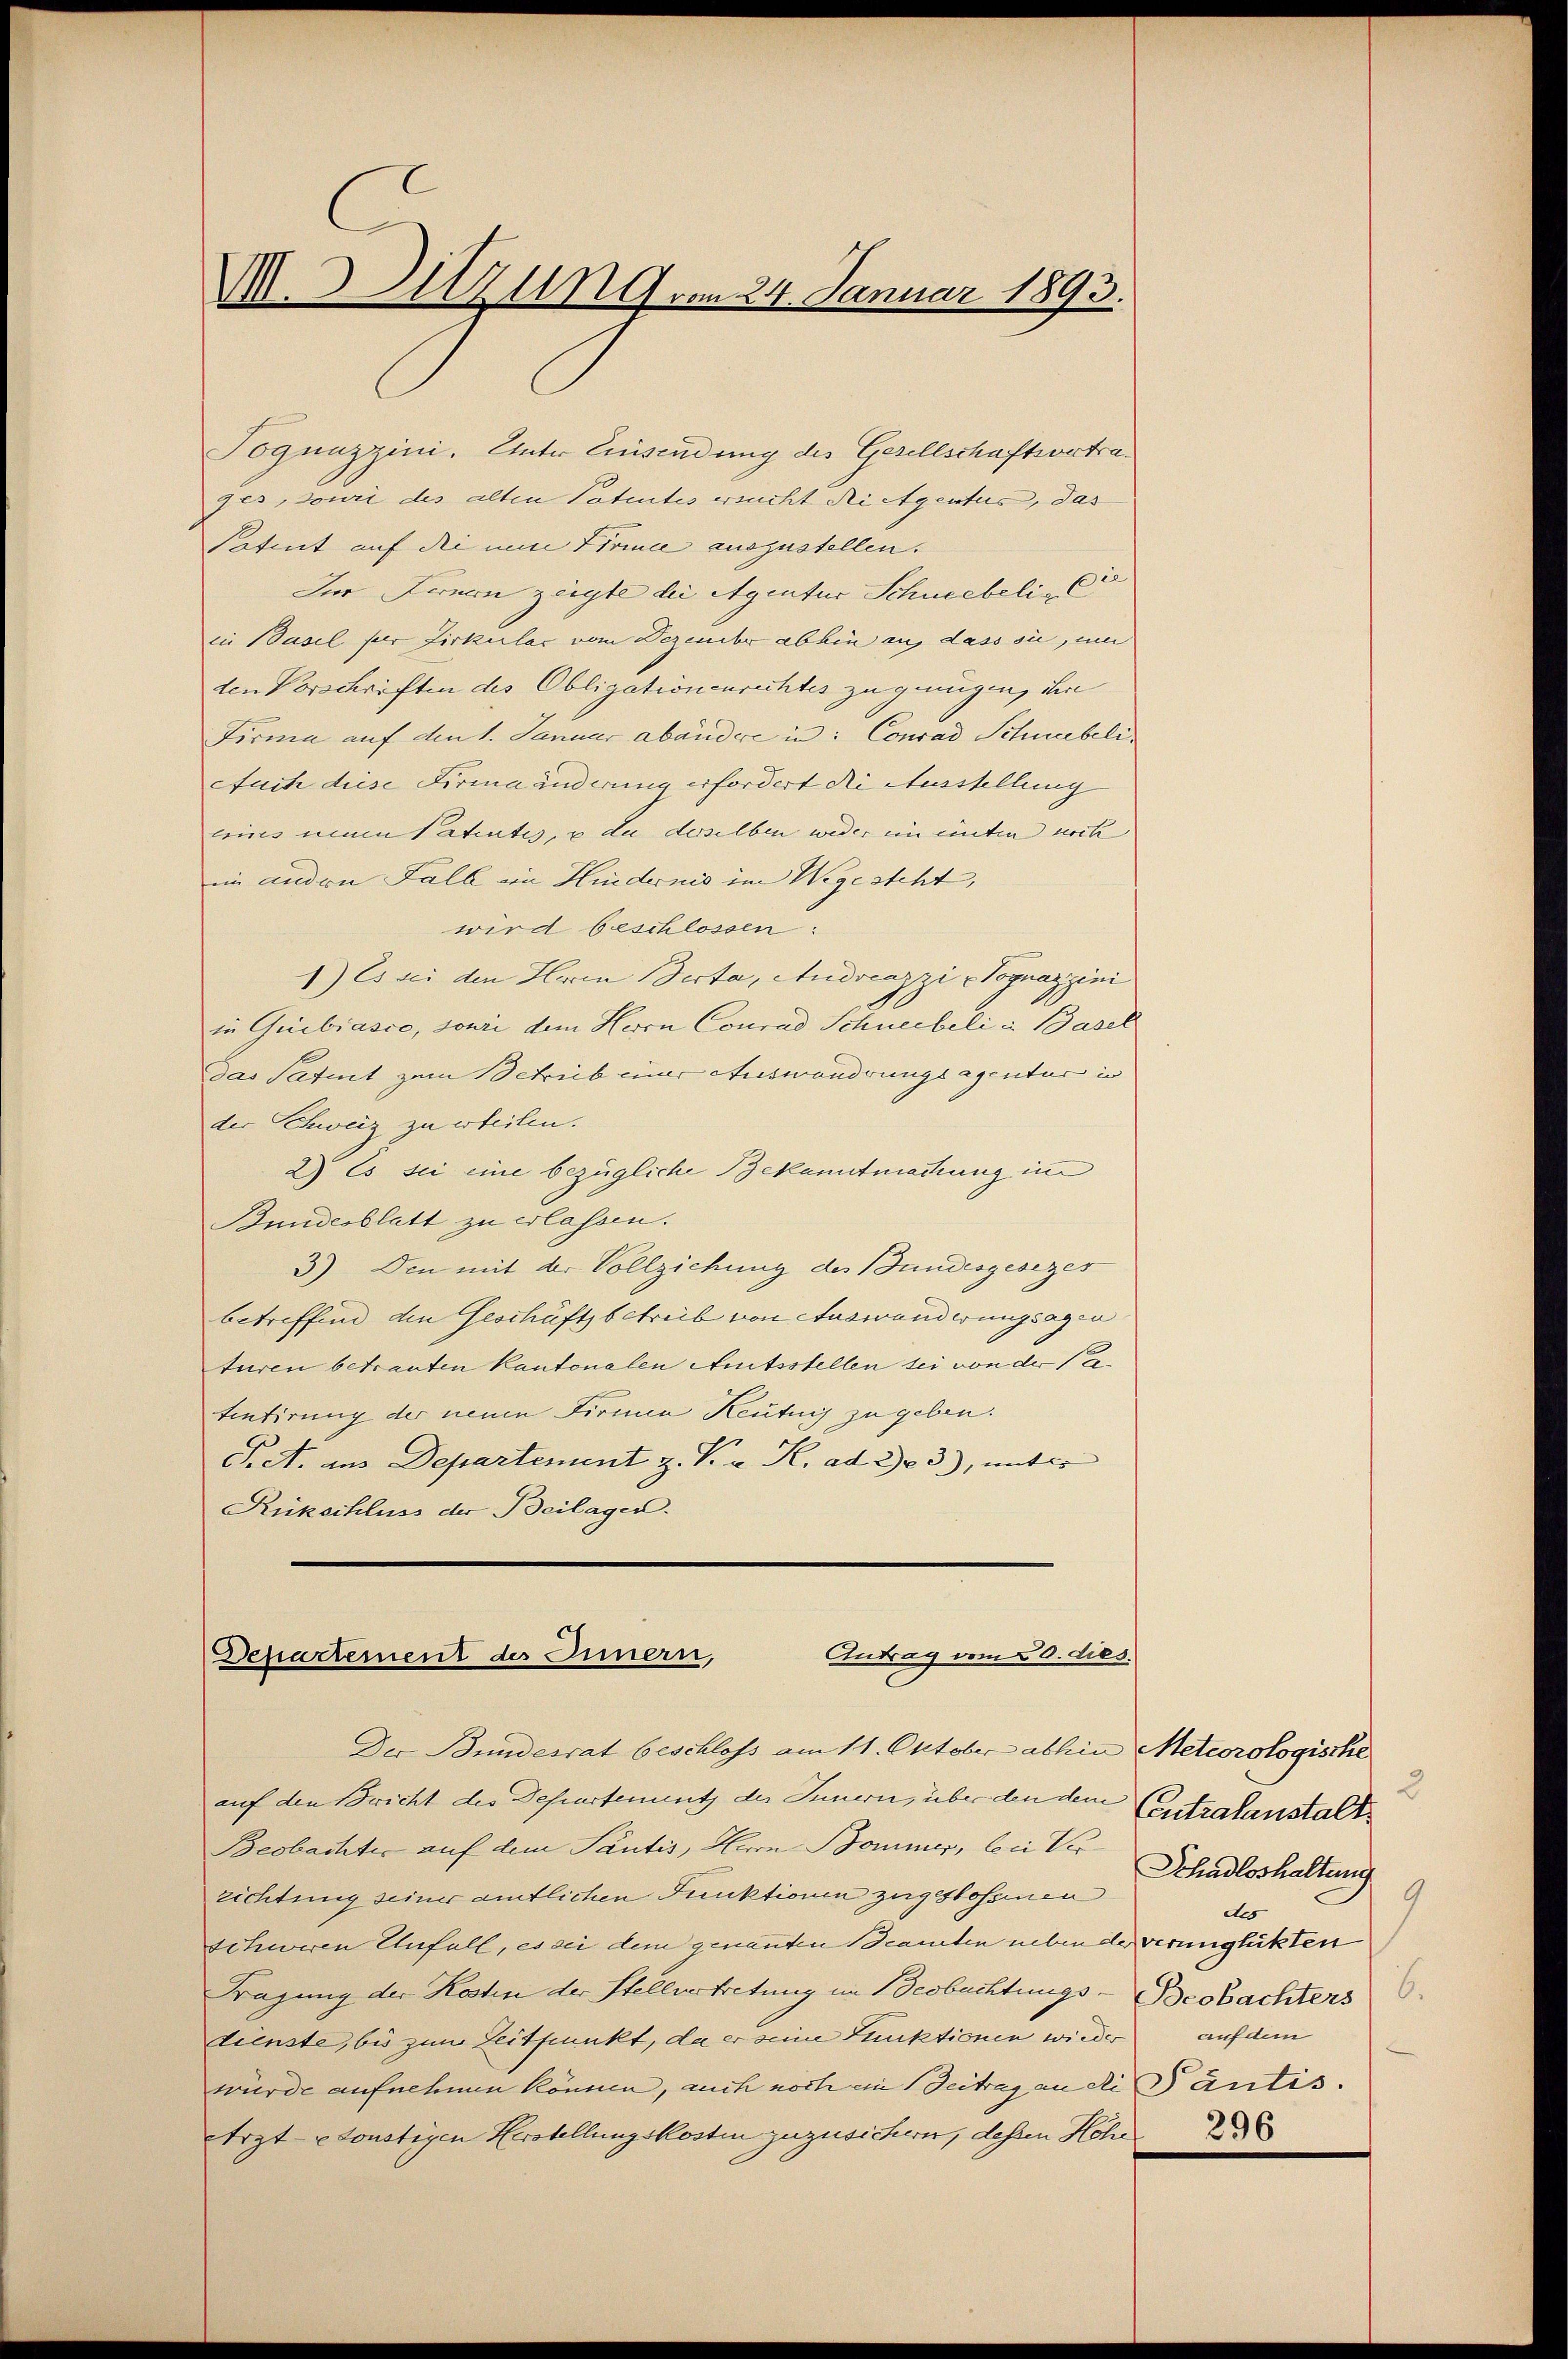
M.1919 vom 24. Januar 1893.

Jogunzzini. Unter Eisendung des Gesellschaftsortra¬
Jes, sowie des alten Patentes ersucht dei Agentus, das
satint auf die eine Firmee auszustellen.
Im Fernen zügte die Agentur Schneebeli - Ci
in Basel per Firkular vom Dezember abhin auf dass sie, um
den Vorschriften des Obligationenrechtes zu genügen, ihm
Firma auf den 1. Januar abändere in: Conrad Schwebeli
Auch diese Firma änderung erfordert die Ausstellung
eines man Tatentes, u da derselben weder ein einter noch
im anden Fall im Hindernis im Wegesteht,
wird beschlossen:
1) Es sei den Heren Verta, Andreazzi -Vognazzini
in Gubiasco, souri dem Herrn Conrad Schneebeli in Basel
das Patent zum Betrieb einer Auswanderungsagentur in
der Schweiz zu erteilen.
2) Es sei eine bezügliche Bekanntmachung im
Bundesblatt zu erlassen.
3) Den mit der Vollziehung des Bundesgesezes
betreffend den Geschäftsbetreib von Auswanderungsagen
turen betrauten kantonalen Amtsstellen sei von der Patentirung der neuen Firma Keutung zu geben.
Pct. ins Departement z. V. a. R. ad 263), unter
Rückschluss der Beilagen.

Antrag vom 20. dies
Departement des Innern,

Der Bundesrat beschloss am 11. Oktober abhin Meteorologische
auf den Bricht des Departement des Innern, über den dem Centralanstalt
Beobachter auf dem Säntis, Herrn Bommer, bei Vor Schadloshaltung
richtung seiner amtlichen Funktionen zugestossenen
schweren Anfall, es sei dem genannten Beamten nebende verunglükten
Kragung der Kosten der Stellvertretung im Beobachtungs- Beobachters
dienste, bis zum Zeitpunkt, da er seine Punktionen wieder auf dem
würde aufnehmen können, auch noch ein Beitrag an diantis
Arzt-constigen Herstellungskosten zuzusichern, deßen Höhe

2
9
des